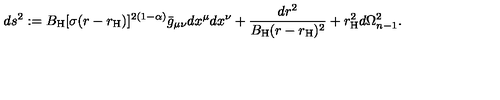
d s ^ { 2 } : = B _ { \mathrm { H } } [ \sigma ( r - r _ { \mathrm { H } } ) ] ^ { 2 ( 1 - \alpha ) } \bar { g } _ { \mu \nu } d x ^ { \mu } d x ^ { \nu } + \frac { d r ^ { 2 } } { B _ { \mathrm { H } } ( r - r _ { \mathrm { H } } ) ^ { 2 } } + r _ { \mathrm { H } } ^ { 2 } d \Omega _ { n - 1 } ^ { 2 } .